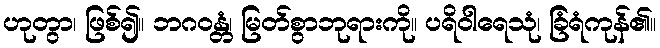
ဟုတွာ၊ ဖြစ်၍။ ဘဂဝန္တံ၊ မြတ်စွာဘုရားကို။ ပရိဝါရေသုံ၊ ခြံရံကုန်၏။